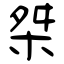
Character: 桀